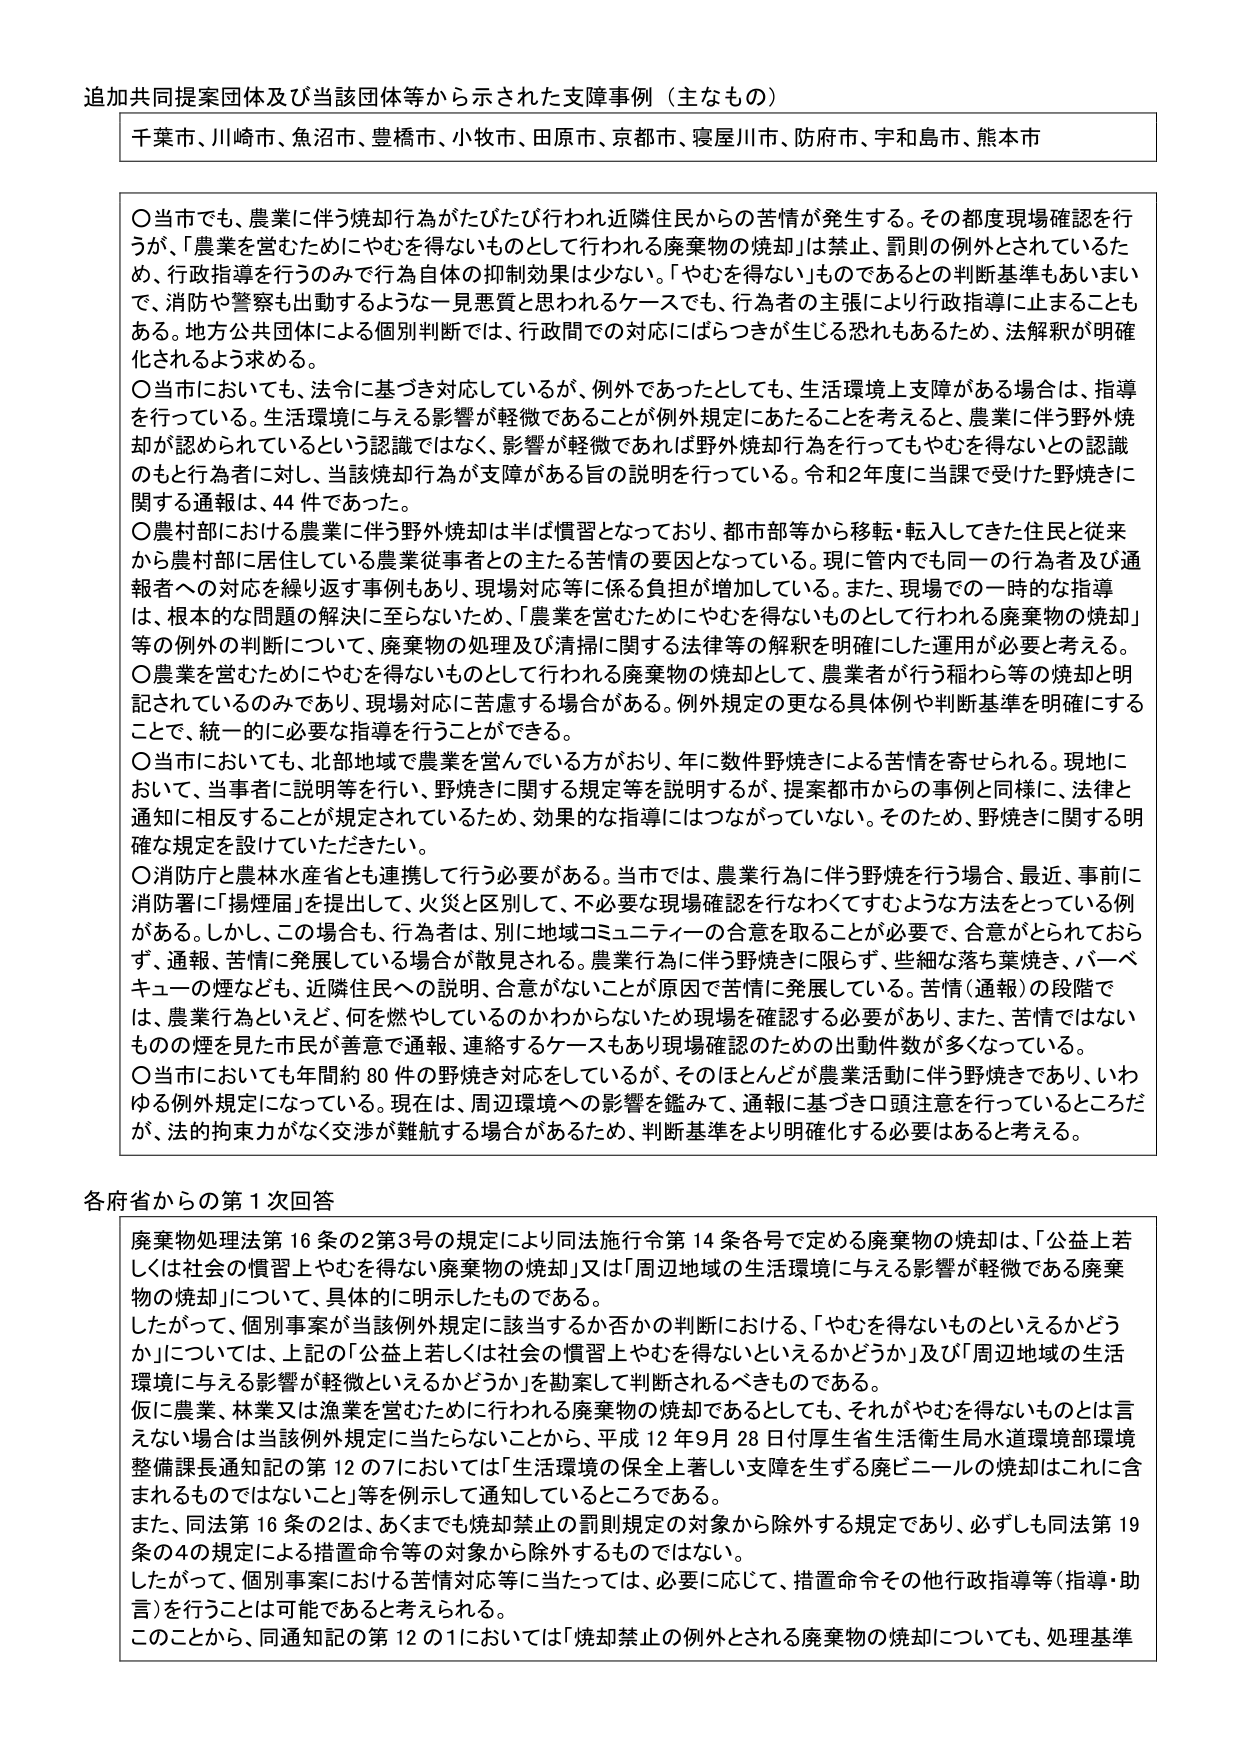
追加共同提案団体及び当該団体等から示された支障事例（主なもの）

千葉市、川崎市、魚沼市、豊橋市、小牧市、田原市、京都市、寝屋川市、防府市、宇和島市、熊本市

〇 当市でも、農業に伴う焼却行為がたびたび行われ近隣住民からの苦情が発生する。その都度現場確認を行うが、「農業を営むためにやむを得ないものとして行われる廃棄物の焼却」は禁止、罰則の例外とされているため、行政指導を行うのみで行為自体の抑制効果は少ない。「やむを得ない」ものであるとの判断基準もあいまいで、消防や警察も出動するような一見悪質と思われるケースでも、行為者の主張により行政指導に止まることもある。地方公共団体による個別判断では、行政間での対応にばらつきが生じる恐れもあるため、法解釈が明確化されるよう求める。

〇 当市においても、法令に基づき対応しているが、例外であったとしても、生活環境上支障がある場合は、指導を行っている。生活環境に与える影響が軽微であることが例外規定にあたることを考えると、農業に伴う野外焼却が認められているという認識ではなく、影響が軽微であれば野外焼却行為を行ってもやむを得ないと認めるとも行為者に対し、当該焼却行為が支障がある旨の説明を行っている。令和2年度に当課で受けた野焼きに関する通報は、44件であった。

〇 農村部における農業に伴う野外焼却は半ば慣習となっており、都市部等から移転・転入してきた住民と従来から農村部に居住している農業従事者との主たる苦情の要因となっている。現に管内でも同一の行為者及び通報者への対応を繰り返す事例もあり、現場対応等に係る負担が増加している。また、現場での一時的な指導は、根本的な問題の解決に至らないため、「農業を営むためにやむを得ないものとして行われる廃棄物の焼却」等の例外の判断について、廃棄物の処理及び清掃に関する法律等の解釈を明確にした運用が必要と考える。

〇 農業を営むためにやむを得ないものとして行われる廃棄物の焼却として、農業者が行う稲わら等の焼却と明記されているのみであり、現場対応で苦慮する場合がある。例外規定の更なる具体例や判断基準を明確にすることで、統一的に必要な指導を行うことができる。

〇 当市においても、北部地域で農業を営んでいる方がおり、年に数件野焼きによる苦情を寄せられる。現地において、当事者に説明等を行い、野焼きに関する規定等を説明するが、提案都市からの事例と同様に、法律と通知に相反することが規定されているため、効果的な指導にはつながっていない。そのため、野焼きに関する明確な規定を設けていただきたい。

〇 消防庁と農林水産省とも連携して行う必要がある。当市では、農業行為に伴う野焼を行う場合、最近、事前に消防署に「揚煙届」を提出して、火災と区別して、不必要な現場確認を行なわくてすむような方法をとっている例がある。しかし、この場合も、行為者は、別に地域コミュニティーの合意を取ることが必要で、合意がとられておらず、通報、苦情に発展している場合が散見される。農業行為に伴う野焼きに限らず、些細な落ち葉焼き、バーベキューや煙なども、近隣住民への説明、合意がないことが原因で苦情に発展している。苦情（通報）の段階では、農業行為といえど、何を燃やしているのかわからないため現場確認する必要があり、また、苦情ではないものの煙を見た市民が善意で通報、連絡するケースもあり現場確認のための出動件数が多くなっている。

〇 当市においても年間約80件の野焼き対応をしているが、そのほとんどが農業活動に伴う野焼きであり、いわゆる例外規定になっている。現在は、周辺環境への影響を鑑みて、通報に基づき口頭注意を行っているところだが、法的拘束力がなく交渉が難航する場合があるため、判断基準をより明確化する必要はあると考える。

各府省からの第1次回答

廃棄物処理法第16条の2第3号の規定により同法施行令第14条各号で定める廃棄物の焼却は、「公益上若しくは社会の慣習上やむを得ない廃棄物の焼却」又は「周辺地域の生活環境に与える影響が軽微である廃棄物の焼却」について、具体的に明示したものである。

したがって、個別事案が当該例外規定に該当するか否かの判断における、「やむを得ないものといえるかどうか」については、上記の「公益上若しくは社会の慣習上やむを得ないといえるかどうか」及び「周辺地域の生活環境に与える影響が軽微といえるかどうか」を勘案して判断されるべきものである。

仮に農業、林業又は漁業を営むために行われる廃棄物の焼却であるとしても、それがやむを得ないものとは言えない場合は当該例外規定に当たらないことから、平成12年9月28日付厚生省生活衛生局水道環境部環境整備課長通知記の第12の7においては「生活環境の保全上著しい支障を生ずる廃ビニールの焼却はこれに含まれるものではないこと」等を例示して通知しているところである。

また、同法第16条の2は、あくまでも焼却禁止の罰則規定の対象から除外する規定であり、必ずしも同法第19条の4の規定による措置命令等の対象から除外するものではない。

したがって、個別事案における苦情対応等に当たっては、必要に応じて、措置命令その他行政指導等（指導・助言）を行うことは可能であると考えられる。

このことから、同通知記の第12の1においては「焼却禁止の例外とされる廃棄物の焼却についても、処理基準